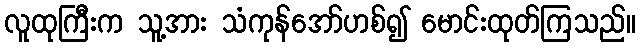
လူထုကြီးက သူ့အား သံကုန်အော်ဟစ်၍ မောင်းထုတ်ကြသည်။